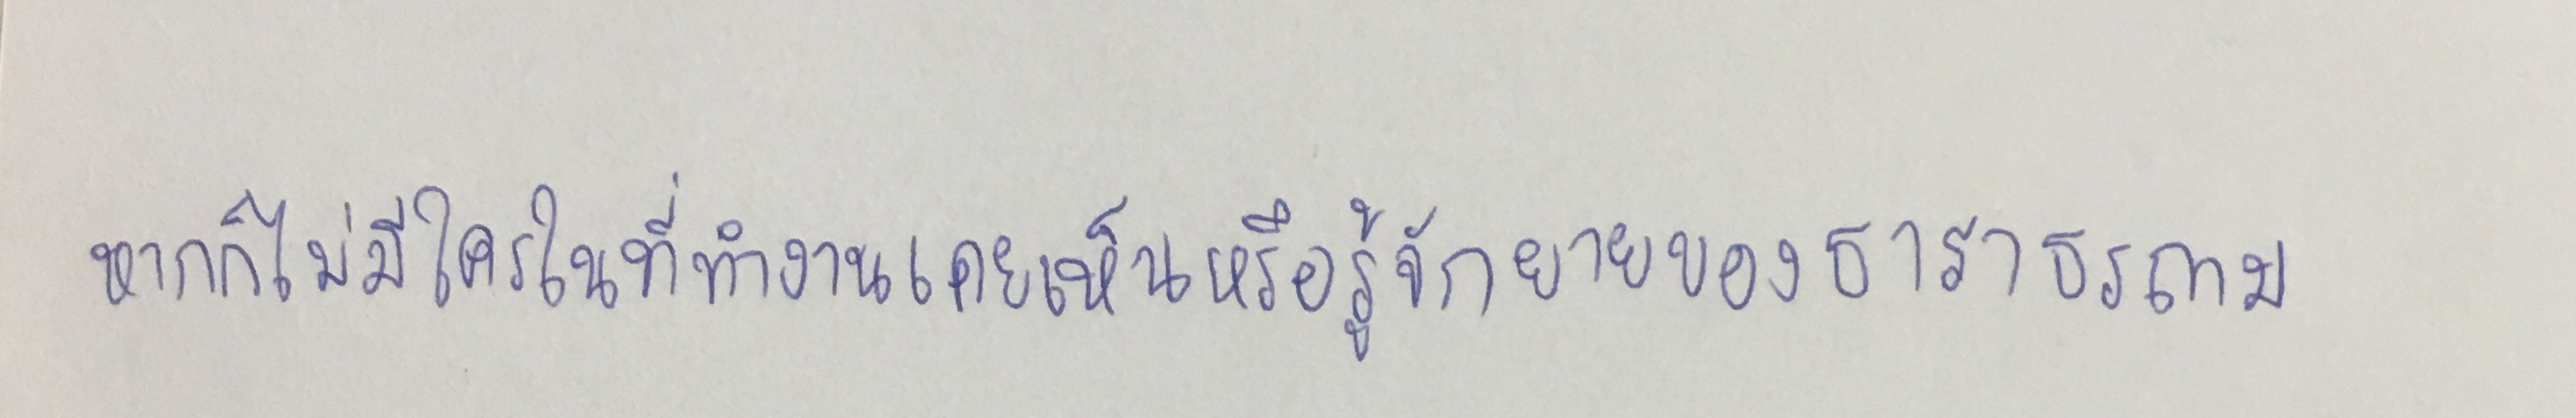
หากก็ไม่มีใครในที่ทำงานเคยเห็นหรือรู้จักยายของธาราธรถาม